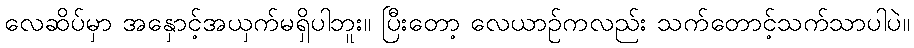
လေဆိပ်မှာ အနှောင့်အယှက်မရှိပါဘူး။ ပြီးတော့ လေယာဉ်ကလည်း သက်တောင့်သက်သာပါပဲ။